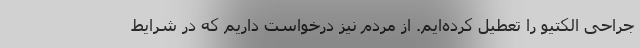
جراحی الکتیو را تعطیل کرده‌ایم. از مردم نیز درخواست داریم که در شرایط